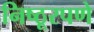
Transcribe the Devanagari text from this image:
निष्ठूरपणे